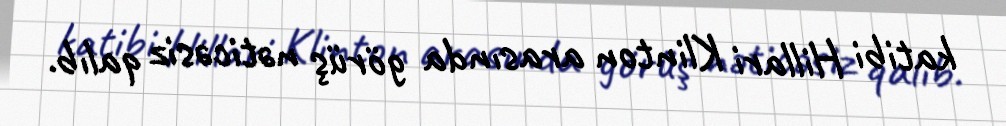
katibi Hillari Klinton arasında görüş nəticəsiz qalıb.